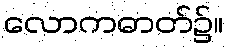
လောကဓာတ်၌။